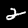
Label: 2